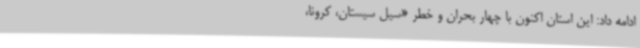
ادامه داد: این استان اکنون با چهار بحران و خطر «سیل سیستان، کرونا،